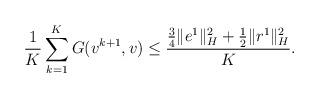
LaTeX: \begin{align*}\frac{1}{K}\sum_{k=1}^{K} G(v^{k+1}, v)\le \frac{\frac{3}{4}\|e^1\|_H^2+\frac{1}{2}\|r^1\|_H^2}{K}.\end{align*}